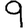
Digit: 9